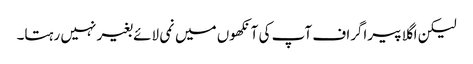
لیکن اگلا پیراگراف آپ کی آنکھوں میں نمی لائے بغیر نہیں رہتا۔